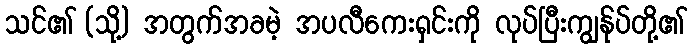
သင်၏ (သို့) အတွက်အခမဲ့ အပလီကေးရှင်းကို လုပ်ပြီးကျွန်ုပ်တို့၏